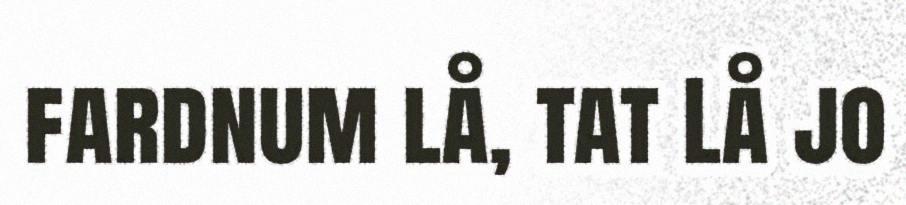
fardnum lå, tat Lå jo